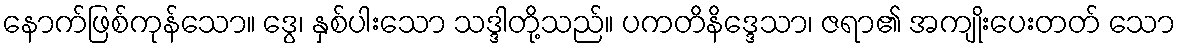
နောက်ဖြစ်ကုန်သော။ ဒွေ၊ နှစ်ပါးသော သဒ္ဒါတို့သည်။ ပကတိနိဒ္ဒေသာ၊ ဇရာ၏ အကျိုးပေးတတ် သော